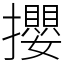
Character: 攖